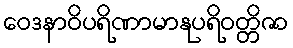
ဝေဒနာဝိပရိဏာမာနုပရိဝတ္တိဇာ